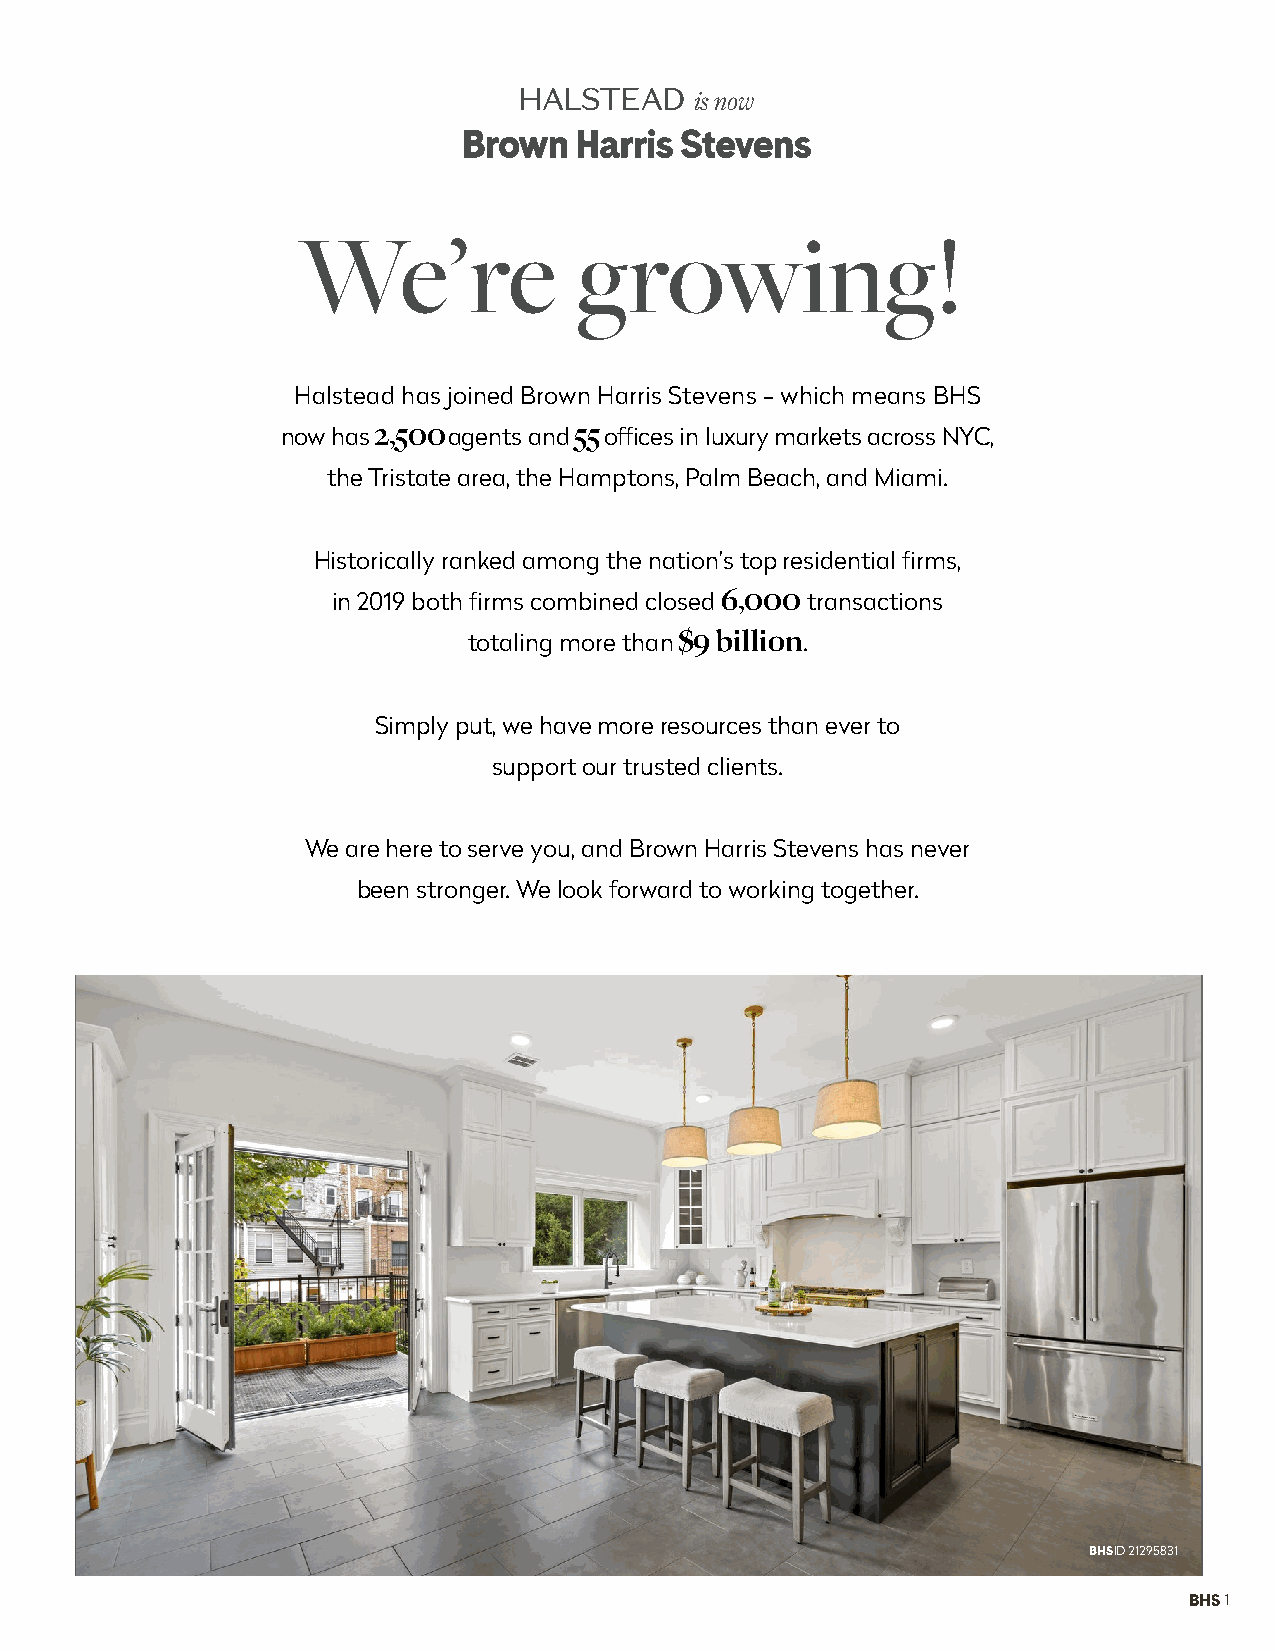
is now
 We’re             growing!
 Halstead has joined Brown Harris Stevens - which means BHS
 now has 2,500 agents and 55 offices in luxury markets across NYC,
 the Tristate area, the Hamptons, Palm Beach, and Miami.
 Historically ranked among the nation’s top residential firms,
 in 2019 both firms combined closed 6,000 transactions
 totaling more than $9 billion.
 Simply put, we have more resources than ever to
 support our trusted clients.
 We are here to serve you, and Brown Harris Stevens has never
 been stronger. We look forward to working together.
 BHSID 21295831
 BHS 1